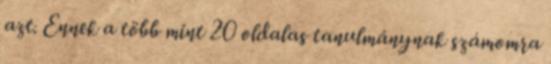
azt. Ennek a több mint 20 oldalas tanulmánynak számomra